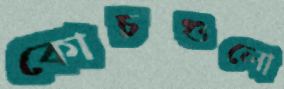
কোচগুলো